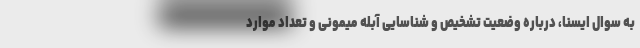
به سوال ایسنا، درباره وضعیت تشخیص و شناسایی آبله میمونی و تعداد موارد